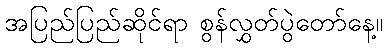
အပြည်ပြည်ဆိုင်ရာ စွန်လွှတ်ပွဲတော်နေ့။